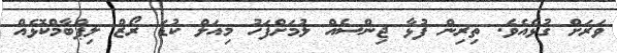
ވަރަށް ގުޅެއެވެ. ތިރިން ފުޅާ ޖިންސެއް ލުމަށްފަހު މިއަލް ކުޑަ ރޯޒް ލިޕްބާމްކޮޅެއް